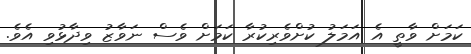
ކަމަށް ވާތީ އެ އަމަލު ކުށްވެރިކުރާ ކަމަށް ވެސް ނަވާޒު ވިދާޅުވި އެވެ.